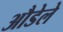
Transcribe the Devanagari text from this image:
औडेले